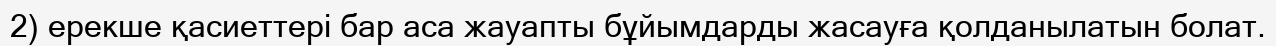
2) ерекше қасиеттері бар аса жауапты бұйымдарды жасауға қолданылатын болат.